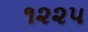
૧૨૨૫